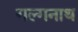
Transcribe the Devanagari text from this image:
गल्गनाथ